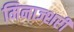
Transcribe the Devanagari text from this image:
मिनाज्शरी